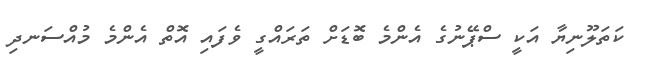
ކަތަލޫނިޔާ އަކީ ސްޕޭނުގެ އެންމެ ބޮޑަށް ތަރައްގީ ވެފައި އޮތް އެންމެ މުއްސަނދި